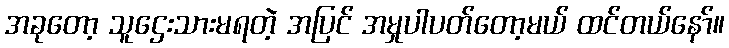
အခုတော့ သူဌေးသားမရတဲ့ အပြင် အမှုပါပတ်တော့မယ် ထင်တယ်နော်။